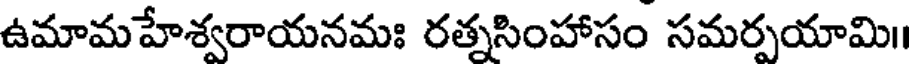
ఉమామహేశ్వరాయనమః రత్నసింహాసం సమర్పయామి॥